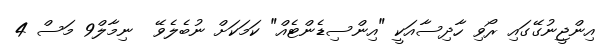
އިންޖީނުގޭގައި ރޯވި ހާދިސާއަކީ "އިންސިޑެންޓެއް" ކަމަކަށް ނުބެލެވޭ  ނިމާލް9 މަސް 4